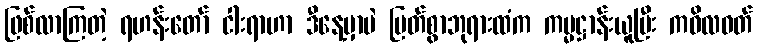
ဖြစ်လာကြတဲ့ ရဟန်းတော် ငါးရာဟာ ဒီနေ့မှာပဲ မြတ်စွာဘုရားထံက ကမ္မဋ္ဌာန်းယူပြီး ကဝိလဝတ်